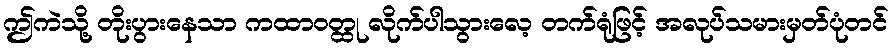
ဤကဲသို့ တိုးပွားနေသာ ကထာဝတ္ထု လိုက်ပါသွားလေ့ တက်ရုံဖြင့် အလုပ်သမားမှတ်ပုံတင်